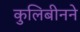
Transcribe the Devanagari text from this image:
कुलिबीनने